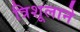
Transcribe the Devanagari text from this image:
त्रिशूलाने